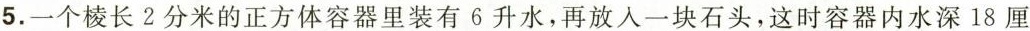
5.一个棱长2分米的正方体容器里装有6升水，再放入一块石头，这时容器内水深18厘